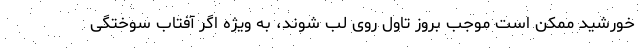
خورشید ممکن است موجب بروز تاول روی لب شوند، به ویژه اگر آفتاب سوختگی